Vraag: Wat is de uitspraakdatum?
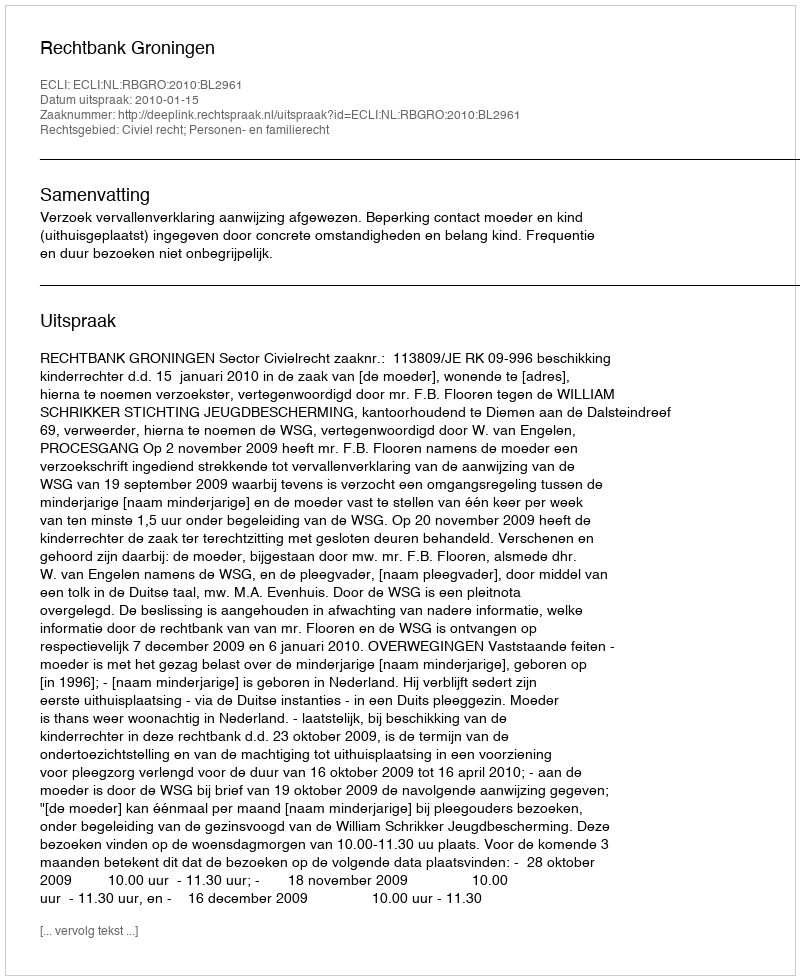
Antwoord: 2010-01-15